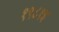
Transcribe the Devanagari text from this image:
१९८१इ